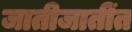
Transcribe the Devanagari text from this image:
जातीजातींत